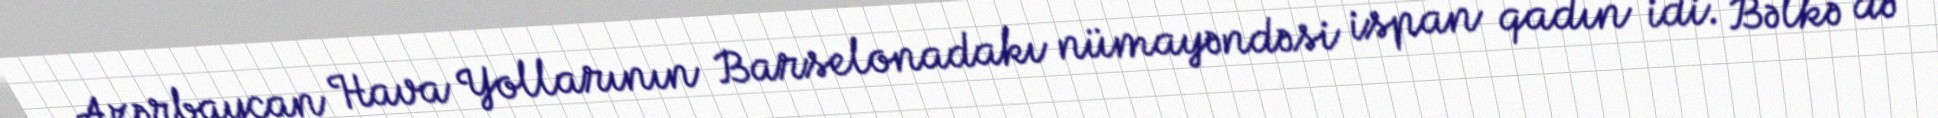
Azərbaycan Hava Yollarının Barselonadakı nümayəndəsi ispan qadın idi. Bəlkə də